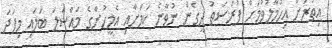
އިތުރަށް އިހުމާލުވުމަށް ފުރުސަތު ދީގެން ނުވާނެ ކަމަށާއި އެމީހުންގެ މައްސަލަ ބަލައި މިފަދަ